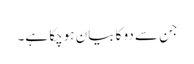
جن سے دو کا بیان ہوچکا ہے۔